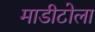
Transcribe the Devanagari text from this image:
माडीटोला